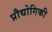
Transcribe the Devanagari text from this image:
प्रौद्योगिकी